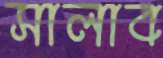
সালাব